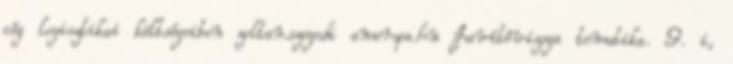
cég logisztikai költségeiben zoltan.szegedi ameropa.hu Javítóvizsga tematika. 9. i,